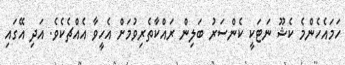
ހަމައެހެންމެ ކެޝޫ ނަޓަކީ ކެންސަރު ބަލިން ރައްކާތެރިވުމަށް އެހީވާ އެއްޗެކެވެ. އަދި އޭގައި